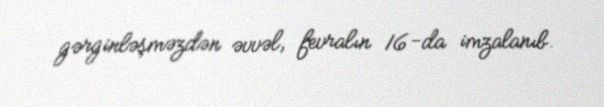
gərginləşməzdən əvvəl, fevralın 16-da imzalanıb.